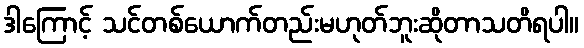
ဒါကြောင့် သင်တစ်ယောက်တည်းမဟုတ်ဘူးဆိုတာသတိရပါ။